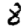
Digit: 8